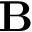
\mathbf { B }